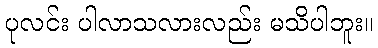
ပုလင်း ပါလာသလားလည်း မသိပါဘူး။